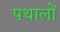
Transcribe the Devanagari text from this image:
पथालों